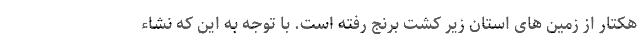
هکتار از زمین های استان زیر کشت برنج رفته است. با توجه به این که نشاء